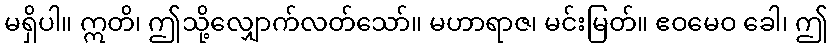
မရှိပါ။ ဣတိ၊ ဤသို့လျှောက်လတ်သော်။ မဟာရာဇ၊ မင်းမြတ်။ ဧဝမေဝ ခေါ၊ ဤ